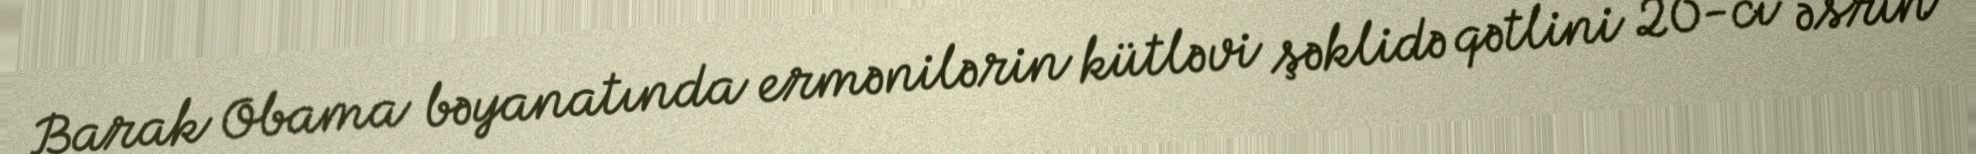
Barak Obama bəyanatında ermənilərin kütləvi şəklidə qətlini 20-ci əsrin